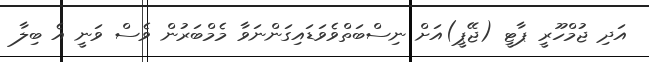
އަދި ޖުމްހޫރީ ޕާޓީ (ޖޭޕީ)އަށް ނިސްބަތްވެވަޑައިގަންނަވާ މެމްބަރުން ވެސް ވަނީ އެ ބިލާ